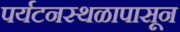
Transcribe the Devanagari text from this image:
पर्यटनस्थळापासून